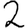
Digit: 2